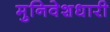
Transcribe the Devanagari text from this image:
मुनिवेशधारी